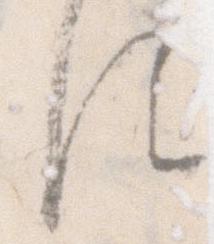
れ